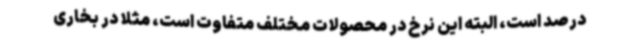
درصد است، البته این نرخ در محصولات مختلف متفاوت است، مثلاً در بخاری